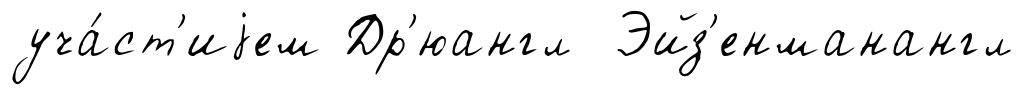
уча́ст'иjем Др'юангл Эйз'енманангл